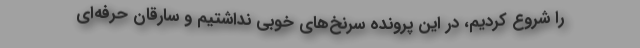
را شروع کردیم، در این پرونده سرنخ‌های خوبی نداشتیم و سارقان حرفه‌ای